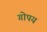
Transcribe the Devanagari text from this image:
गोपय